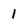
Character: 1